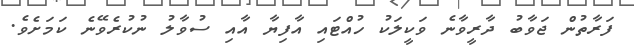
ފަރާތުން ޖަވާބު ދާރީވާނެ ވަކީލަކު ހުއްޓައި އާފިޔާ އާއި ސުވާލު ނުކުރެވޭނެ ކަމަށެވެ.